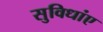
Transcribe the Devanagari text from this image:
सुविधांए